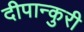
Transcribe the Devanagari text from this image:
दीपान्कुरी